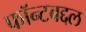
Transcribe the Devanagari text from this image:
फॉन्टबद्दल